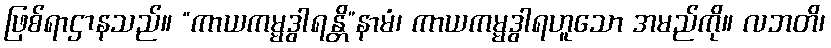
ဖြစ်ရာဌာနသည်။ “ကာယကမ္မဒွါရန္တိ”နာမံ၊ ကာယကမ္မဒွါရဟူသော အမည်ကို။ လဘတိ၊